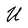
Character: U